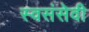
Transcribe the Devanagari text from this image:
स्वसंसेवी